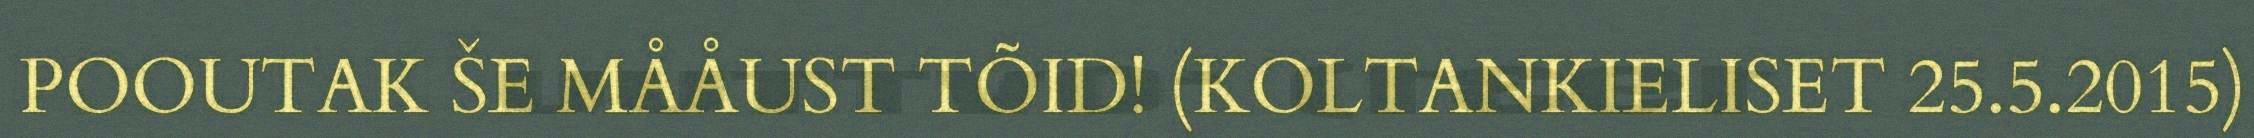
POOUTAK ŠE MÅÅUST TÕID! (KOLTANKIELISET 25.5.2015)